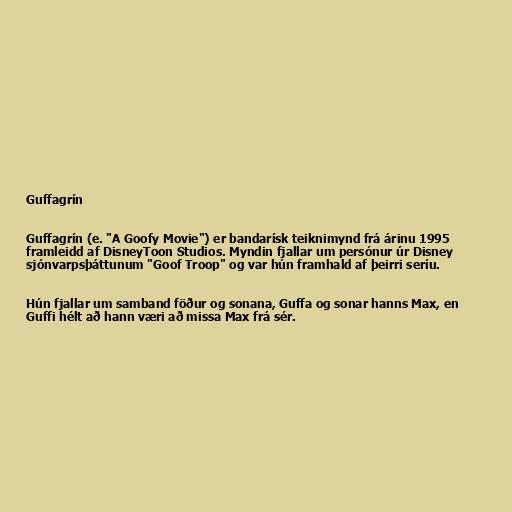
Guffagrín

Guffagrín (e. "A Goofy Movie") er bandarísk teiknimynd frá árinu 1995
framleidd af DisneyToon Studios. Myndin fjallar um persónur úr Disney
sjónvarpsþáttunum "Goof Troop" og var hún framhald af þeirri seríu.

Hún fjallar um samband föður og sonana, Guffa og sonar hanns Max, en
Guffi hélt að hann væri að missa Max frá sér.